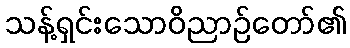
သန့်ရှင်းသောဝိညာဉ်တော်၏